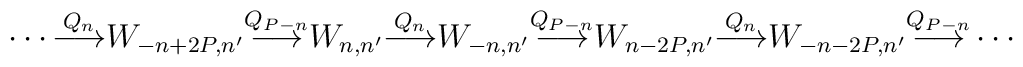
\cdots{\buildrel Q_{n}\over\longrightarrow}W_{-n+2P,n'}{\buildrel Q_{P-n}\over\longrightarrow}W_{n,n'}{\buildrel Q_{n}\over\longrightarrow}W_{-n,n'}{\buildrel Q_{P-n}\over\longrightarrow}W_{n-2P,n'}{\buildrel Q_{n}\over\longrightarrow}W_{-n-2P,n'}{\buildrel Q_{P-n}\over\longrightarrow}\cdots